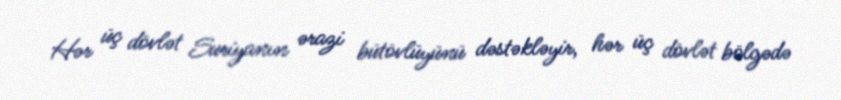
Hər üç dövlət Suriyanın ərazi bütövlüyünü dəstəkləyir, hər üç dövlət bölgədə